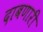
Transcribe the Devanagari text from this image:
दाबणारी